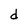
Character: d